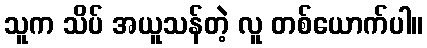
သူက သိပ် အယူသန်တဲ့ လူ တစ်ယောက်ပါ။